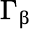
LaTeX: \Gamma_{\upbeta}